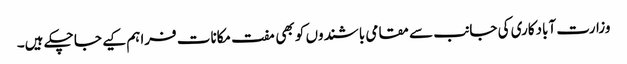
وزارت آبادکاری کی جانب سے مقامی باشندوں کو بھی مفت مکانات فراہم کیے جا چکے ہیں۔